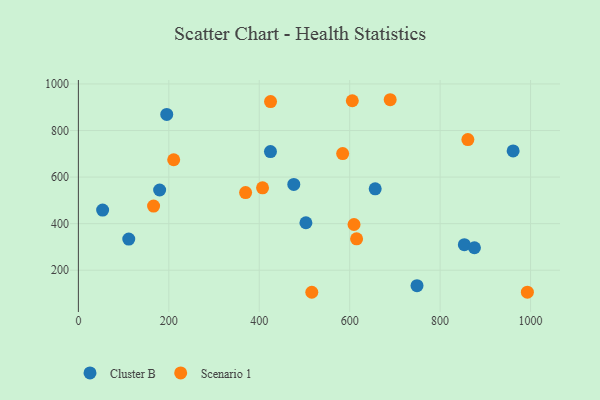
{"axis": {"x": "Experience", "y": "Profit"}, "legend": ["Cluster B", "Scenario 1"], "data": [{"x": "476.4", "y": 568.4, "type": "Cluster B"}, {"x": "853.6", "y": 309.8, "type": "Cluster B"}, {"x": "179.7", "y": 544.5, "type": "Cluster B"}, {"x": "195.4", "y": 869.3, "type": "Cluster B"}, {"x": "111.4", "y": 333.9, "type": "Cluster B"}, {"x": "748.9", "y": 133.6, "type": "Cluster B"}, {"x": "961.5", "y": 712.6, "type": "Cluster B"}, {"x": "53.6", "y": 458.5, "type": "Cluster B"}, {"x": "875.9", "y": 296.5, "type": "Cluster B"}, {"x": "503.2", "y": 403.9, "type": "Cluster B"}, {"x": "656.4", "y": 549.7, "type": "Cluster B"}, {"x": "424.8", "y": 709.6, "type": "Cluster B"}, {"x": "689.6", "y": 932.3, "type": "Scenario 1"}, {"x": "166.3", "y": 475.7, "type": "Scenario 1"}, {"x": "993.0", "y": 105.8, "type": "Scenario 1"}, {"x": "210.8", "y": 674.5, "type": "Scenario 1"}, {"x": "516.2", "y": 105.3, "type": "Scenario 1"}, {"x": "605.8", "y": 927.8, "type": "Scenario 1"}, {"x": "861.4", "y": 761.1, "type": "Scenario 1"}, {"x": "425.0", "y": 924.5, "type": "Scenario 1"}, {"x": "584.5", "y": 701.2, "type": "Scenario 1"}, {"x": "369.8", "y": 533.7, "type": "Scenario 1"}, {"x": "407.3", "y": 553.8, "type": "Scenario 1"}, {"x": "615.3", "y": 334.8, "type": "Scenario 1"}, {"x": "609.6", "y": 396.4, "type": "Scenario 1"}]}